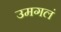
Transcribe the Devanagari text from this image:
उमगलं